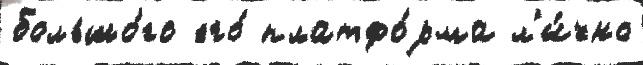
большо́го его́ платфо́рма л'и́чно